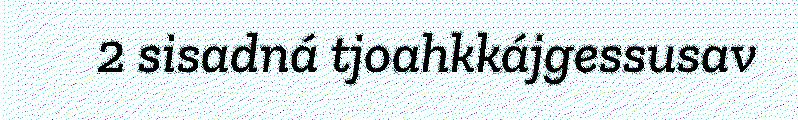
2 sisadná tjoahkkájgessusav